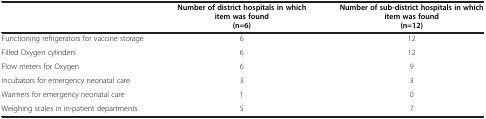
|  | Number of district hospitals in which item was found (n=6) | Number of sub-district hospitals in which item was found (n=12) |
 | --- | --- | --- |
 | Functioning refrigerators for vaccine storage | 6 | 12 |
 | Filled Oxygen cylinders | 6 | 12 |
 | Flow meters for Oxygen | 6 | 9 |
 | Incubators for emergency neonatal care | 3 | 3 |
 | Warmers for emergency neonatal care | 1 | 0 |
 | Weighing scales in in-patient departments | 5 | 7 |